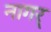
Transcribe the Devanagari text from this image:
नागर्